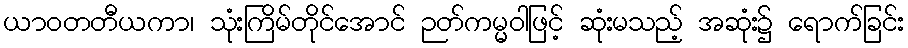
ယာဝတတီယကာ၊ သုံးကြိမ်တိုင်အောင် ဉတ်ကမ္မဝါဖြင့် ဆုံးမသည့် အဆုံး၌ ရောက်ခြင်း